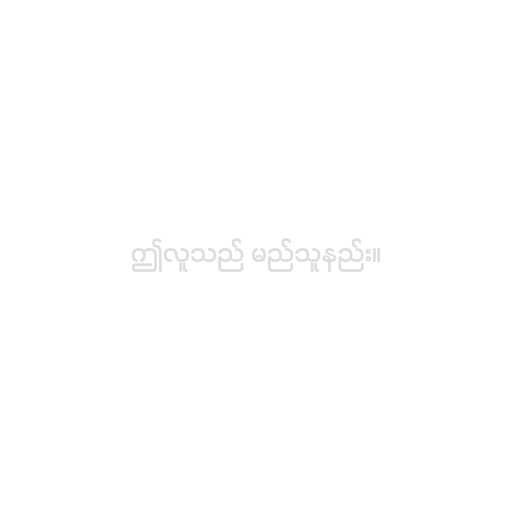
ဤလူသည် မည်သူနည်း။